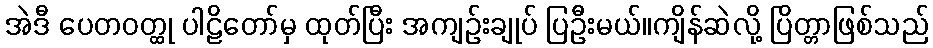
အဲဒီ ပေတဝတ္ထု ပါဠိတော်မှ ထုတ်ပြီး အကျဉ်းချုပ် ပြဦးမယ်။ကျိန်ဆဲလို့ ပြိတ္တာဖြစ်သည်